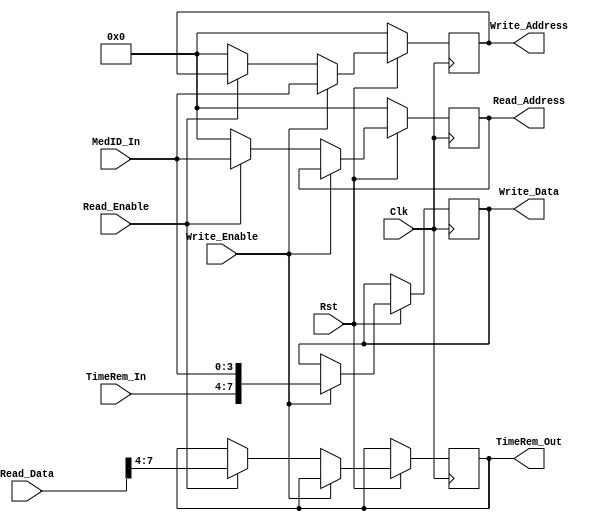
`timescale 1ns/10ps
module RAM2_Controller(Clk, Rst, Write_Enable, Read_Enable, MedID_In, TimeRem_In, Write_Address, Write_Data, Read_Address, Read_Data, TimeRem_Out);
input Clk, Rst;
input Write_Enable, Read_Enable;

input [3:0] MedID_In;
input [3:0] TimeRem_In;

output [7:0] Write_Data; 
reg [7:0] Write_Data;
output [3:0] Write_Address; // Calc here, sent to RAM1
reg [3:0] Write_Address;
output [3:0] Read_Address; // Sent to RAM1
reg [3:0] Read_Address;
output[3:0] TimeRem_Out;
reg [3:0] TimeRem_Out;

input [7:0] Read_Data;

always @(posedge Clk)
begin
if(Rst == 0)
begin
Write_Address <= 0;
Read_Address <= 0;
end
else
begin
if(Write_Enable == 1)
	begin
	Write_Address <= MedID_In;
	Write_Data <= {TimeRem_In,MedID_In}; // 0-3: MedID, 4-7: Freq
	
	end
else if(Read_Enable == 1)
	begin
	Read_Address <= MedID_In;
	TimeRem_Out <= Read_Data[7:4];
	
	end
else
	begin
	Write_Address <= 0;
	Read_Address <= 0;
	end
end
end
endmodule